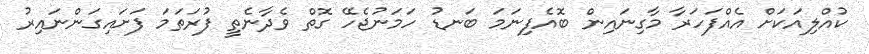
ކުއްލިއަކަށް އެއްފަހަރާ މާގިނައިން ބޮއެފިނަމަ ބަނޑު ހަމަނުޖެހޭ ގޮތް ވެދާނެތީ ފުރަތަމަ ފަށައިގަންނައިރު